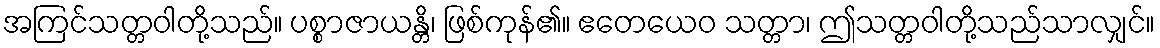
အကြင်သတ္တဝါတို့သည်။ ပစ္စာဇာယန္တိ၊ ဖြစ်ကုန်၏။ ဧတေယေဝ သတ္တာ၊ ဤသတ္တဝါတို့သည်သာလျှင်။